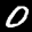
Label: 0